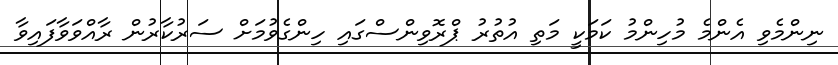
ނިންމެވި އެންމެ މުހިންމު ކަމަކީ މަތި އުތުރު ޕްރޮވިންސްގައި ހިންގެވުމަށް ސަރުކާރުން ރާއްވަވާފައިވާ